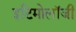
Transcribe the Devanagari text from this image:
इटिमोलॉजी